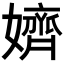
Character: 𡣙